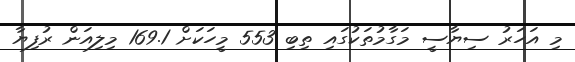
މި އަހަރު ސިޔާސީ މަގާމުތަކުގައި ތިބި 553 މީހަކަށް 169.1 މިލިއަން ރުފިޔާ